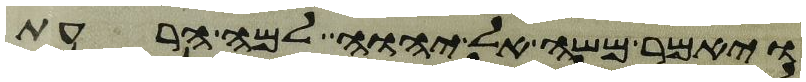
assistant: ויאמר משה אל יהוה למה הרעת